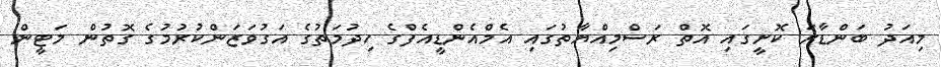
މިއަދު ބަންޑާރަ ކޮށީގައި އޮތް ރަސްމިއްޔާތުގައި އެމްއެންޑީއެފްގެ ހިދުމަތުގެ އަގުވަޒަންކުރުމުގެ ގޮތުން މަޓީން